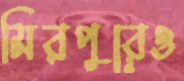
মিরপুরেও